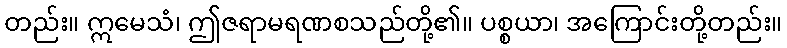
တည်း။ ဣမေသံ၊ ဤဇရာမရဏစသည်တို့၏။ ပစ္စယာ၊ အကြောင်းတို့တည်း။